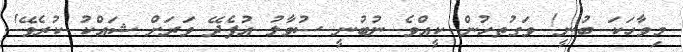
މިވާހަކަ ބުނީ! ވަގުތހުން ކީއްވެ ނުބުނީ ސުވާލު އުފެދޭ ވަރަށް ޝައްކު ކުރެވޭ!